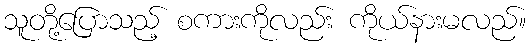
သူတို့ပြောသည့် စကားကိုလည်း ကိုယ်နားမလည်။